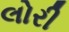
લોરી